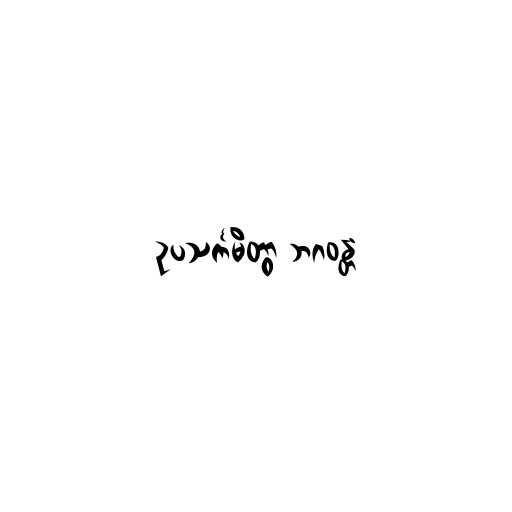
ဥပသင်္ကမိတွာ ဘဂဝန္တံ